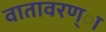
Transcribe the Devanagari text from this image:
वातावरण्ा